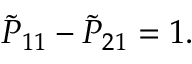
{ \tilde { P } } _ { 1 1 } - { \tilde { P } } _ { 2 1 } = 1 .